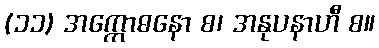
(၁၁) အက္ကောဓနော စ၊ အနုပနာဟီ စ။